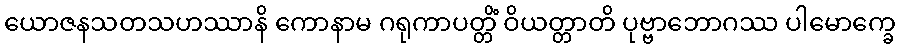
ယောဇနသတသဟဿာနိ ကောနာမ ဂရုကာပတ္တိံ ဝိယတ္တာတိ ပုဗ္ဗာဘောဂဿ ပါမောက္ခေ